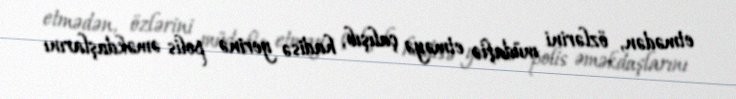
etmədən, özlərini müdafiə etməyə çalışıb, hadisə yerinə polis əməkdaşlarını